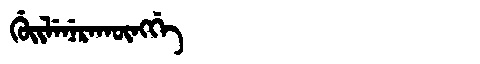
Manchu: ᡤᡠᡳᠯᡝᠨᡝᡵᠠᡴᡡᠩᡤᡝ
Romanization: GUILENERAKŪNGGE